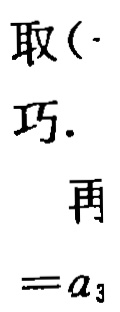
取(\cdot 巧. 再$=a_{3}$